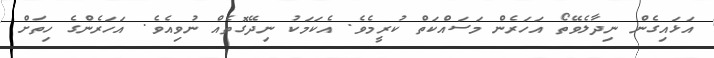
އަޅައިގެން ނިދާލެވޭތޯ އަހަރެން މަސައްކަތް ކުރީމެވެ. އެކަމަކު ނިދޭގޮތެއް ނުވިއެވެ. އަހަރެންގެ ހިތަށް